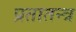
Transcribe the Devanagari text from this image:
प्रतातन्त्र